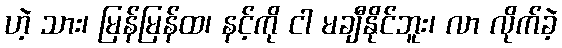
ဟဲ့ သား၊ မြန်မြန်ထ၊ နင့်ကို ငါ မချီနိုင်ဘူး၊ လာ လိုက်ခဲ့